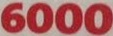
6000